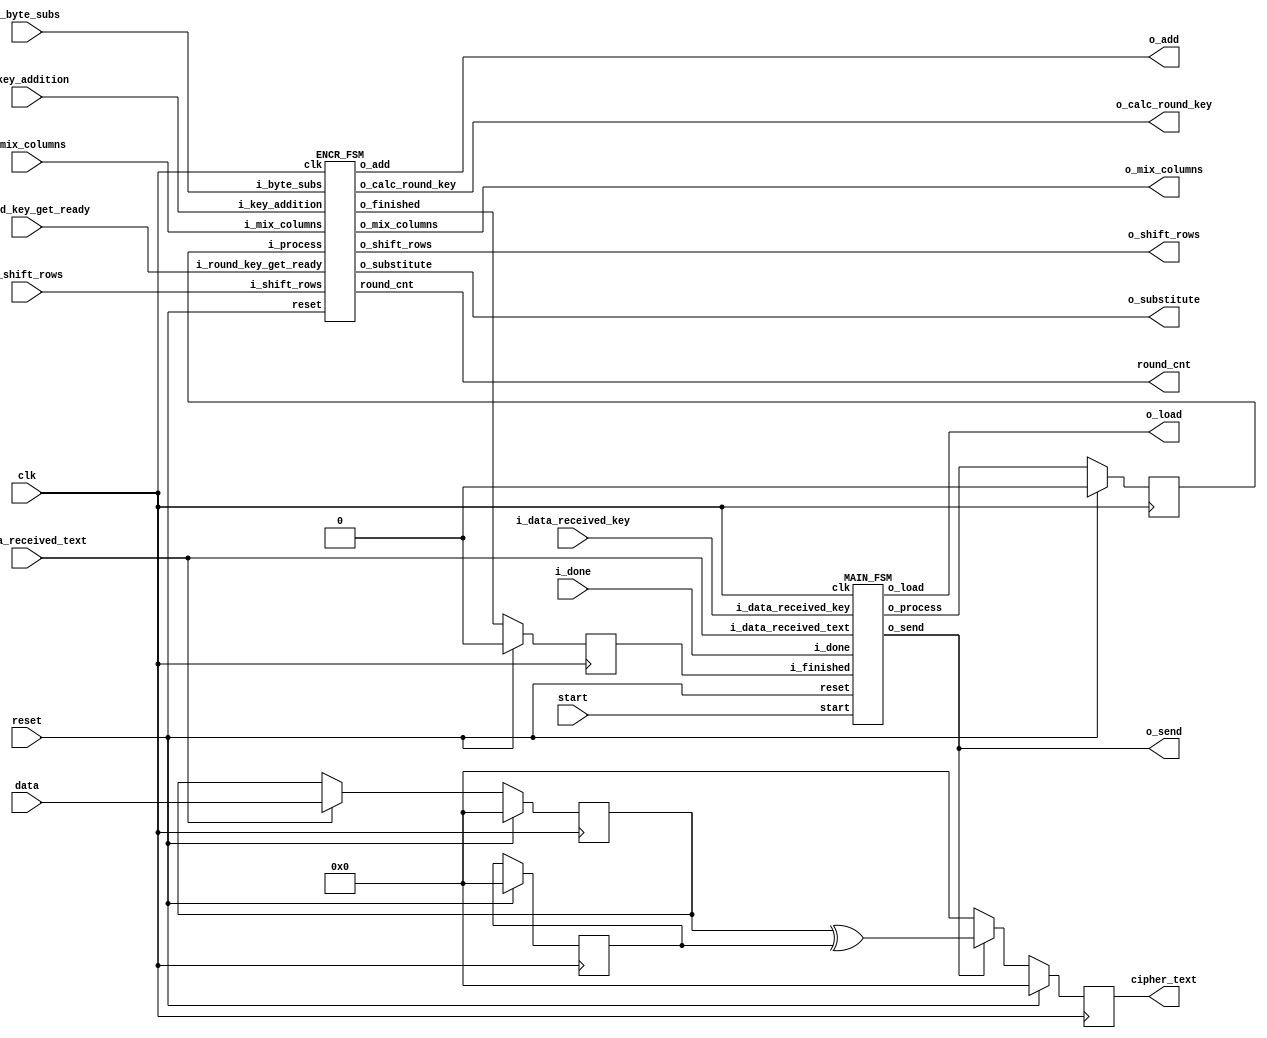
/*
 *  --------------------------------
 * | Name: Christos Vasileiou       |
 * | NetID: cxv200006               |
 * | e-mail: cxv200006@utdallas.edu |
 *  --------------------------------
 *
 * Description:
 * The implementation of 2 FSMs.
 * 
 */
 
module FSMs(
    input clk, reset, start,
    input i_done, i_data_received_key, 
    input i_data_received_text,
    input [127:0] data,
    input i_byte_subs, i_shift_rows,
    input i_mix_columns,
    input i_key_addition, i_round_key_get_ready,
    output [3:0] round_cnt,
    output o_add, o_substitute, o_shift_rows, o_mix_columns,
    output o_calc_round_key, o_send, o_load,
    output reg [127:0] cipher_text
  );
  
  wire o_process, o_finished;
  reg i_process, i_finished;
  reg [127:0] text, key;

  MAIN_FSM main_fsm (
    .clk(clk), .reset(reset), .start(start),
    .i_data_received_text(i_data_received_text), 
    .i_data_received_key(i_data_received_key), 
    .i_finished(i_finished), 
    .i_done(i_done),
    .o_load(o_load), 
    .o_process(o_process), 
    .o_send(o_send)
  );
  
  ENCR_FSM encryption_fsm (
    .clk(clk), .reset(reset),
    .i_process(i_process),
    .i_byte_subs(i_byte_subs),
    .i_shift_rows(i_shift_rows),
    .i_mix_columns(i_mix_columns),
    .i_key_addition(i_key_addition),
    .i_round_key_get_ready(i_round_key_get_ready),
    .round_cnt(round_cnt), 
    .o_substitute(o_substitute),
    .o_shift_rows(o_shift_rows),
    .o_mix_columns(o_mix_columns),
    .o_add(o_add),
    .o_finished(o_finished),
    .o_calc_round_key(o_calc_round_key)
  );

  always@(posedge clk)
  begin
    if (reset)
    begin
      text <= 0;
      key <= 0;
      i_process <= 0;
      i_finished <= 0;
      cipher_text <= 0;
    end
    else
    begin
      i_process <= o_process;
      i_finished <= o_finished;
      cipher_text <= (o_send) ? text ^ key : 0;
      if (i_data_received_text)
      begin
        text <= data;
      end
      else
      begin
        if (i_data_received_text)
        begin
          key <= data;
        end
        else
        begin
          text <= text;
          key <= key;
        end
      end
    end
  end
     
endmodule

// FSM stages encoding: Gray-Code
`define IDLE 3'b000
`define RECEIVE_TEXT 3'b001
`define RECEIVE_KEY 3'b011
`define PROCESS 3'b010
`define SEND 3'b110
`define DONE 3'b100

module MAIN_FSM(
    input clk, reset, start,
    input i_data_received_text, 
    input i_data_received_key, 
    input i_finished, 
    input i_done, 
    output reg o_load, 
    output reg o_process, 
    output reg o_send
  );

  reg [2:0] main_state;

  always @(posedge clk)
  begin
    if (reset)
    begin
      main_state <= `IDLE;
      o_load <= 0;
      o_process <= 0;
      o_send <= 0;
    end
    else 
    begin
      case (main_state)
        `IDLE: begin
          if (start)
          begin
          // Give me the text! RECEIVE_TEXT
            main_state <= `RECEIVE_TEXT;
            o_load <= 1;
          end
        end
        `RECEIVE_TEXT: begin
          if (i_data_received_text)
          begin
          // Give me the key! RECEIVE_KEY
            main_state <= `RECEIVE_KEY;
            o_load <= 0;
          end
        end
        `RECEIVE_KEY: begin
          if (i_data_received_key)
          begin
          // I am starting the process and the AES rounds! PROCESS
            main_state <= `PROCESS;
            o_process <= 1;
            o_load <= 0;
          end
        end
        `PROCESS: begin
          if (i_finished)
          begin
          // I am done. Cipher data is ready to be sent! SEND
            main_state <= `SEND;
            o_process <= 0;
            o_send <= 1;
          end
        end
        `SEND: begin
          if (i_done)
          begin  
            main_state <= `IDLE;
            o_send <= 0;
          end
        end  
        default: begin
          main_state <= main_state;
          o_process <= 0;
          o_load <= 0;
          o_send <= 0;
        end
      endcase    
    end
  end  
  
endmodule


// encryption FSM stages encoding: Gray-Code
`define WAIT 3'b000
`define KEY_ADDITION 3'b001
`define ROUND_KEY 3'b011
`define BYTE_SUBS 3'b010
`define SHIFT_ROWS 3'b110
`define MIX_COLUMNS 3'b100

module ENCR_FSM(
    input clk, reset,
    input i_process,
    input i_byte_subs,
    input i_shift_rows,
    input i_mix_columns,
    input i_key_addition,
    input i_round_key_get_ready,
    output reg [3:0] round_cnt,   
    output reg o_finished, 
    output reg o_add,
    output reg o_substitute,
    output reg o_shift_rows,
    output reg o_mix_columns,
    output reg o_calc_round_key
  );

  /*  key lengths  |  # rounds
   * --------------------------
   *   128-bits    |     10+1    
   *   192-bits    |     12+1    
   *   256-bits    |     14+1    
   *  
   *  (+1) The stage of first round consists of KeyAddition Layer, ONLY. 
   *  So, round_cnt 4-bits -> 2^4
   */

  reg [2:0] encr_state;
  wire key_ready = (i_round_key_get_ready == 1'b1);

  always@(posedge clk)
  begin
    if (reset)
    begin
      encr_state <= `WAIT;
      round_cnt <= -1;
      o_finished <= 1'b0;
      o_substitute <= 1'b0;
      o_add <= 1'b0;
      o_shift_rows <= 1'b0;
      o_mix_columns <= 1'b0;
      o_calc_round_key <= 1'b0;
    end
    else 
    begin
      case (encr_state)
        `WAIT: begin
          if (i_process == 1'b1 & i_key_addition == 1'b1) 
          begin
            encr_state <= `KEY_ADDITION; // Initial Round
            //round_cnt <= round_cnt + 1;
            o_add <= 1'b1;
            o_finished <= 1'b0;
          end
        end
        `KEY_ADDITION: begin
          if (key_ready == 1'b1 & round_cnt == 4'b1001)
          begin
            o_finished <= 1'b1;
            round_cnt <= round_cnt + 1;
            encr_state <= `WAIT;
            o_calc_round_key <= 1'b0;
            o_add <= 1'b0;
          end
          else if (key_ready == 1'b1 & round_cnt != 4'b1001)
          begin
            o_calc_round_key <= 1'b1;
            round_cnt <= round_cnt + 1;
            encr_state <= `ROUND_KEY;
            o_add <= 1'b0;
          end
        end
        `ROUND_KEY: begin
          if (i_byte_subs)
          begin
            //o_calc_init_round_key <= 1'b0;
            o_calc_round_key <= 1'b0;
            encr_state <= `BYTE_SUBS;
            o_add <= 1'b0;
            o_substitute <= 1'b1;
          end
        end
        `BYTE_SUBS: begin
          if (i_shift_rows)
          begin
            encr_state <= `SHIFT_ROWS;
            o_substitute <= 1'b0;
            o_shift_rows <= 1'b1;
          end
        end
        `SHIFT_ROWS: begin
          if (round_cnt != 4'b1001 & i_mix_columns)
          begin
            encr_state <= `MIX_COLUMNS;
            o_shift_rows <= 1'b0;
            o_mix_columns <= 1'b1;
          end
          else if (round_cnt == 4'b1001 & i_key_addition == 1'b1)
          begin
            encr_state <= `KEY_ADDITION;
            //round_cnt <= round_cnt + 1;
            o_shift_rows <= 1'b0;
            o_mix_columns <= 1'b0;
            o_add <= 1'b1;
          end
        end
        `MIX_COLUMNS: begin
          if (i_key_addition == 1'b1)
          begin
            //o_calc_round_key <= 1'b1;
            encr_state <= `KEY_ADDITION;
            //round_cnt <= round_cnt + 1;
            o_mix_columns <= 1'b0;
            o_add <= 1'b1;
          end 
        end
        default: begin
          encr_state <= `WAIT;
          round_cnt <= -1;
          o_finished <= 1'b0;
          o_substitute <= 1'b0;
          o_add <= 1'b0;
          o_shift_rows <= 1'b0;
          o_mix_columns <= 1'b0;
          o_calc_round_key <= 1'b0;
          //o_calc_init_round_key <= 1'b0;
        end
      endcase
    end
  end
endmodule